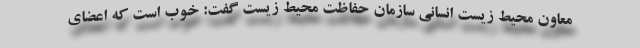
معاون محیط‌ زیست انسانی سازمان حفاظت محیط‌ زیست گفت: خوب است که اعضای